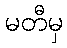
မတီမှ